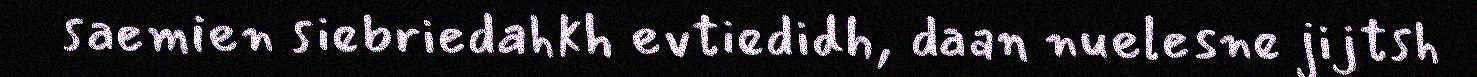
saemien siebriedahkh evtiedidh, daan nuelesne jijtsh